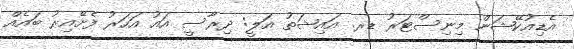
އެޑިއުކޭޝަން މިނިސްޓަރު ޑރ. އައިޝަތު އަލީ: ދިރާސީ އައު އަހަރު ފެށޭއިރު ބައެއް